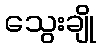
သွေးချို